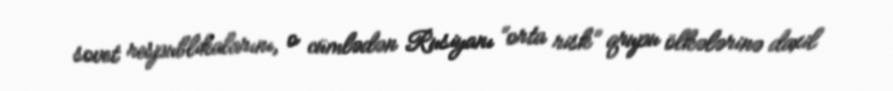
sovet respublikalarını, o cümlədən Rusiyanı “orta risk” qrupu ölkələrinə daxil